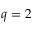
q = 2